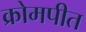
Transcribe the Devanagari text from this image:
क्रोमपीत